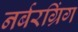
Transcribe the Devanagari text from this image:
नर्बरग्रिंग